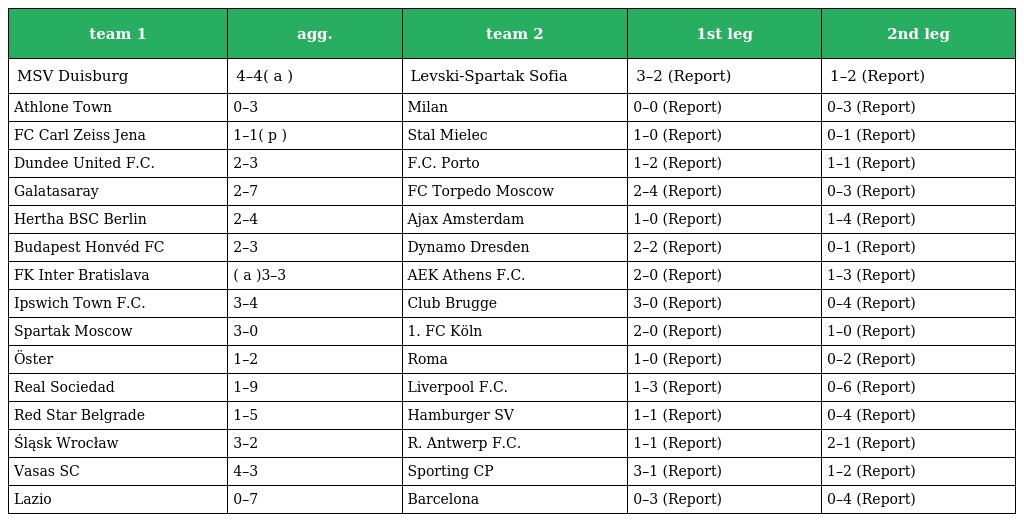
| team 1 | agg. | team 2 | 1st leg | 2nd leg |
 | --- | --- | --- | --- | --- |
 | MSV Duisburg | 4–4( a ) | Levski-Spartak Sofia | 3–2 (Report) | 1–2 (Report) |
 | Athlone Town | 0–3 | Milan | 0–0 (Report) | 0–3 (Report) |
 | FC Carl Zeiss Jena | 1–1( p ) | Stal Mielec | 1–0 (Report) | 0–1 (Report) |
 | Dundee United F.C. | 2–3 | F.C. Porto | 1–2 (Report) | 1–1 (Report) |
 | Galatasaray | 2–7 | FC Torpedo Moscow | 2–4 (Report) | 0–3 (Report) |
 | Hertha BSC Berlin | 2–4 | Ajax Amsterdam | 1–0 (Report) | 1–4 (Report) |
 | Budapest Honvéd FC | 2–3 | Dynamo Dresden | 2–2 (Report) | 0–1 (Report) |
 | FK Inter Bratislava | ( a )3–3 | AEK Athens F.C. | 2–0 (Report) | 1–3 (Report) |
 | Ipswich Town F.C. | 3–4 | Club Brugge | 3–0 (Report) | 0–4 (Report) |
 | Spartak Moscow | 3–0 | 1. FC Köln | 2–0 (Report) | 1–0 (Report) |
 | Öster | 1–2 | Roma | 1–0 (Report) | 0–2 (Report) |
 | Real Sociedad | 1–9 | Liverpool F.C. | 1–3 (Report) | 0–6 (Report) |
 | Red Star Belgrade | 1–5 | Hamburger SV | 1–1 (Report) | 0–4 (Report) |
 | Śląsk Wrocław | 3–2 | R. Antwerp F.C. | 1–1 (Report) | 2–1 (Report) |
 | Vasas SC | 4–3 | Sporting CP | 3–1 (Report) | 1–2 (Report) |
 | Lazio | 0–7 | Barcelona | 0–3 (Report) | 0–4 (Report) |